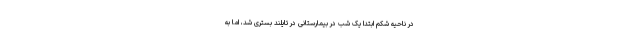
در ناحیه شکم ابتدا یک شب در بیمارستانی در تایلند بستری شد، اما به